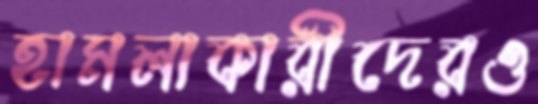
হামলাকারীদেরও